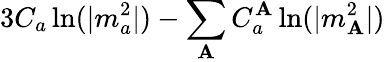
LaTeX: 3C_{a}\ln(|m_{a}^{2}|)-\sum_{\mathbf{A}}C_{a}^{\mathbf{A}}\ln(|m_{\mathbf{A}}^{2}|)